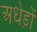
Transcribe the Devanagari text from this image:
अधेड़ों